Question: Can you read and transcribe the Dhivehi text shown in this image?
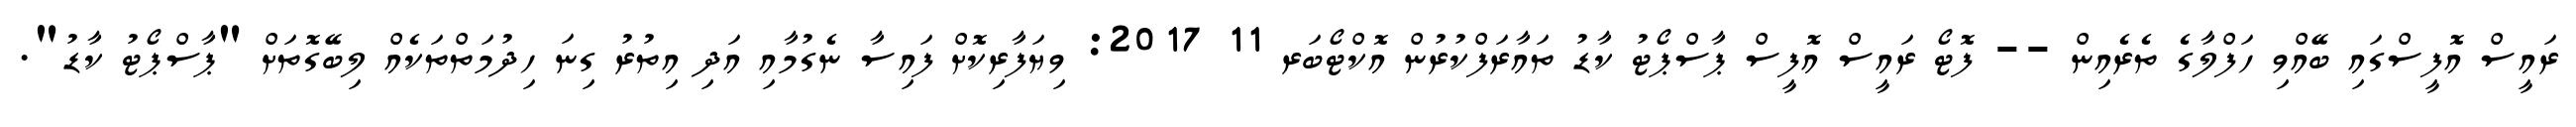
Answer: ރައީސް އޮފީސްގައި ބޭއްވި ހަފްލާގެ ތެރެއިން -- ފޮޓޯ ރައީސް އޮފީސް ޕާސްޕޯޓު ކާޑު ތައާރަފްކުރުން އޮކްޓޯބަރ 11 2017: ވިޔަފާރިކޮށް ފައިސާ ނެގުމާއި އަދި އިތުރު ގިނަ ހިދުމަތްތަކެއް ލިބޭގޮތަށް "ޕާސްޕޯޓު ކާޑު".